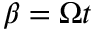
\beta = \Omega t